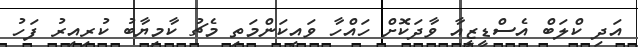
އަދި ކްލަބް އެސްޑީޒީއާ ވާދަކޮށް ހައްހާ ވައިކަންމަތި މެޗު ކާމިޔާބު ކުރިއިރު ފަހު